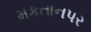
મકતાનપર